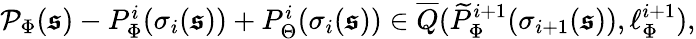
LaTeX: \begin{array}{r}{\mathcal{P}_{\Phi}(\boldsymbol{\mathfrak{s}})-P_{\Phi}^{i}(\sigma_{i}(\boldsymbol{\mathfrak{s}}))+P_{\Theta}^{i}(\sigma_{i}(\boldsymbol{\mathfrak{s}}))\in\overline{{Q}}(\widetilde{P}_{\Phi}^{i+1}(\sigma_{i+1}(\boldsymbol{\mathfrak{s}})),\ell_{\Phi}^{i+1}),}\end{array}